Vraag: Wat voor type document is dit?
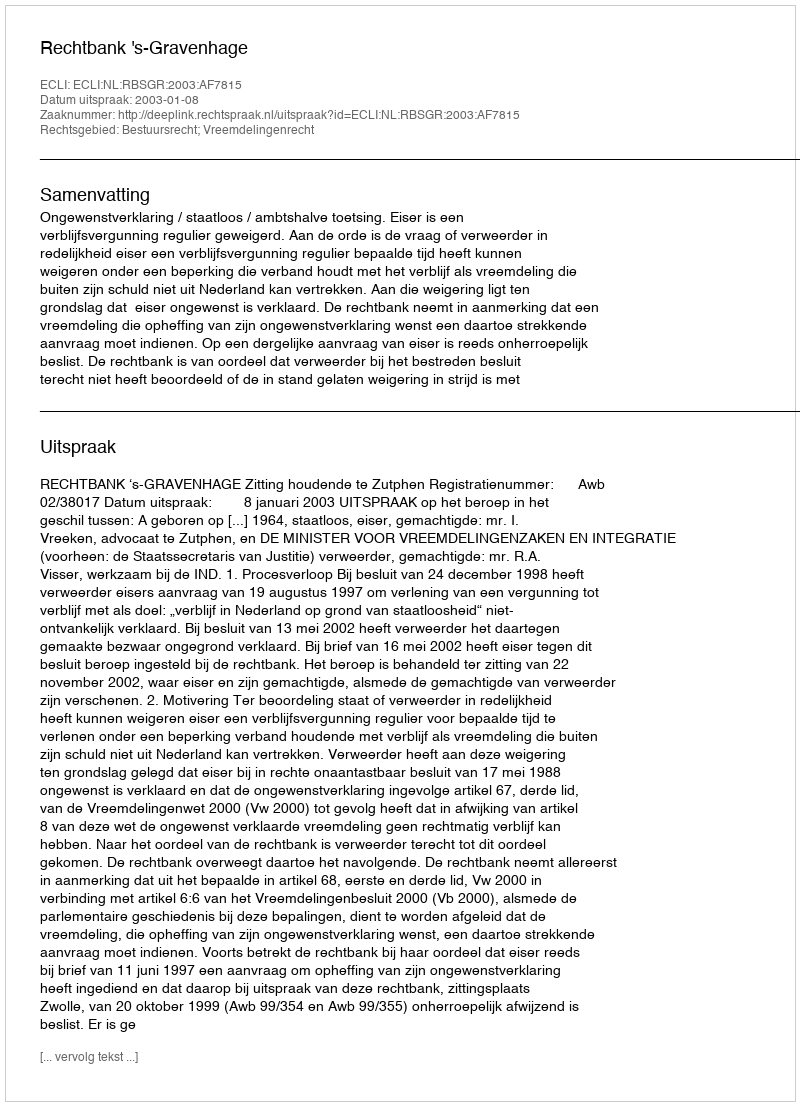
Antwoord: Uitspraak